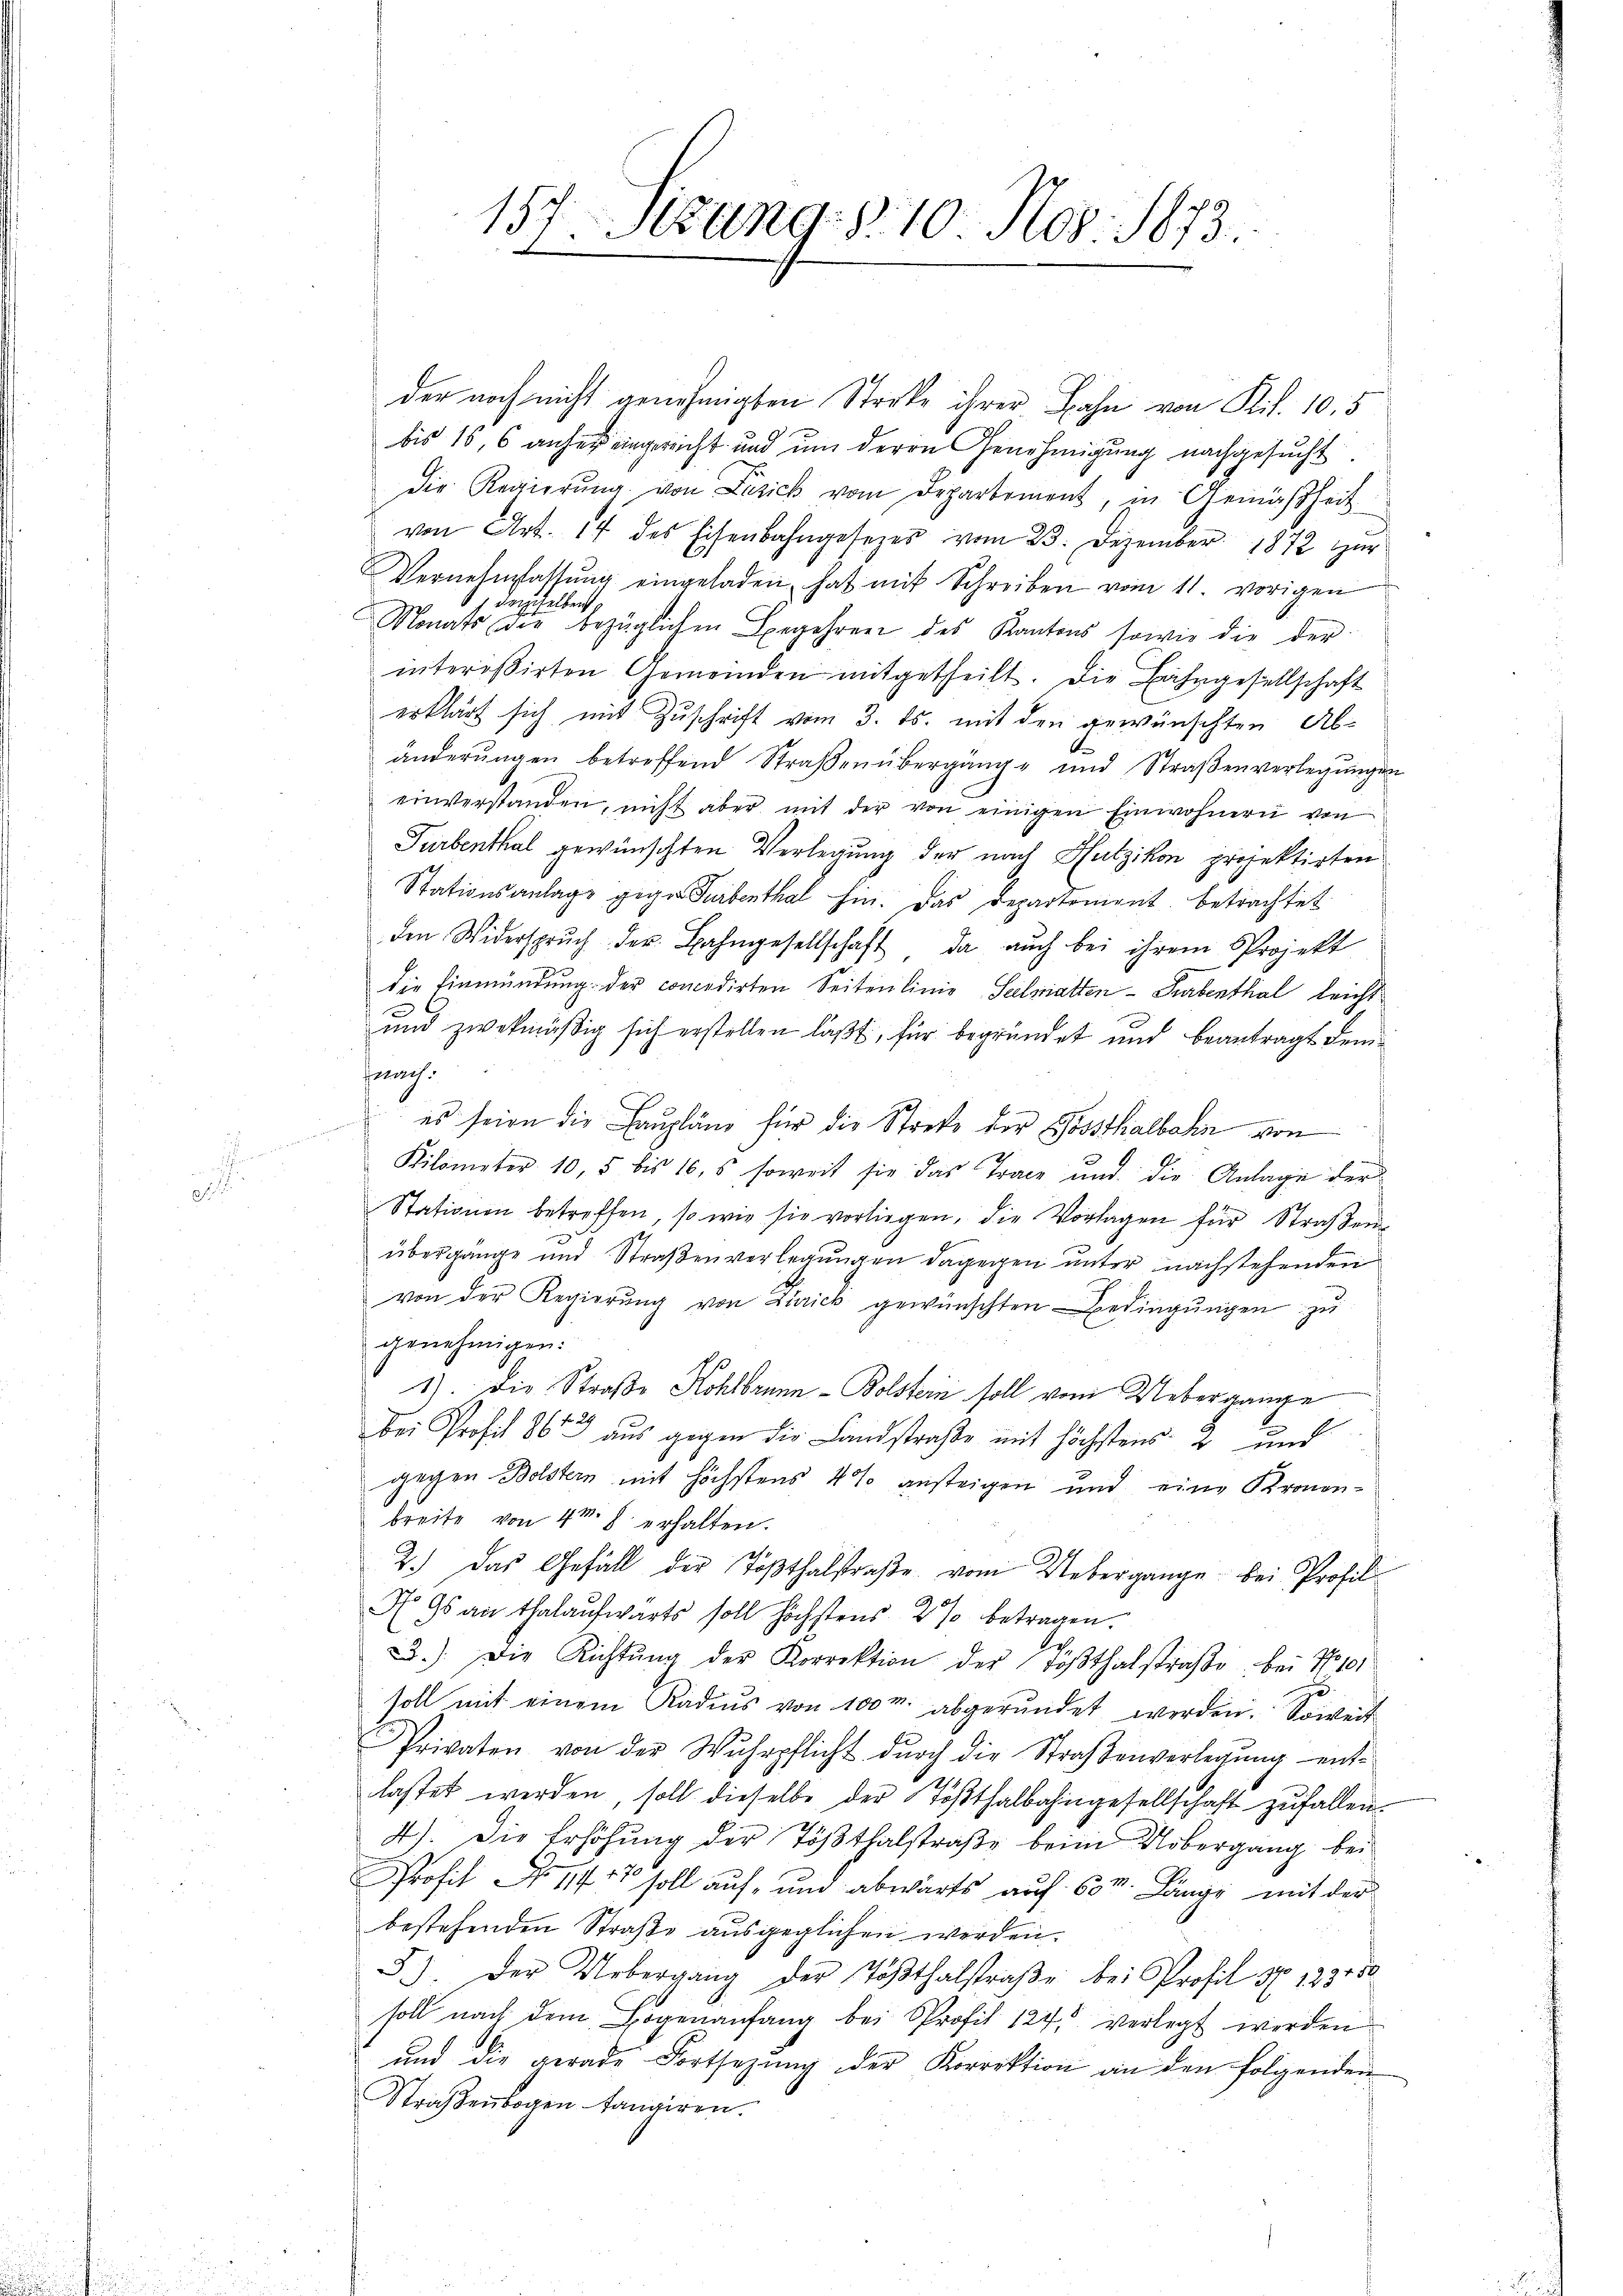
157 Sitzung.8.10. Nov. 1873.

der noch nicht genehmigten Streke ihrer Bahn von Ril. 10,5
bis 16, 6 anher eingerecht und um deren Genehmigung nachgesucht.
die Regierŭng von Luzick vom Departement, in Gemäßheit
von Art. 14 des Eisenbahngesezes vom 23. Dezember 1872 zur
Vernehmlassŭng eingeladen, hat mit Schreiben vom 11. vorigen
1 demselben
Nonats der bezüglichen Begehren des Kantons sowie die der
intereßirten Gemeinden mitgetheilt. Die Bahngesellschaft
erklärt sich mit Zuschrift vom 3. ds. mit den gewünschten Abänderŭngen betreffend Straβenübergänge und Straβenverlegŭngen
einverstanden, nicht aber mit der von einigen Einwohnern von
Turbenthal gewünschten Verlegung der nach Hutzikon projektirten
Stationsanlage gegen Turbenthal hin. Das Departemont. betrachtet
den Widerspruch der Bahngesellschaft, da auch bei ihrem Projekt
die Einmündung der concedirten Seitenlinie Seelmatten - Farbenthal leicht
und zwekmäßig sich erstellen laßt, für begründet und beantragt demnach.
es seien die Laupläne für die Streke der Gossthalbahn von
Kilometer 10, 5 bis 16.s soweit sie das Trace und die Anlage der
Stationen betreffen, so wie sie vorliegen, die Vorlagen für Straβen-
übergange und Straßenverlegungen dagegen unter nachstehenden
von der Regierŭng von Zürick gewünschten Bedingŭngen zu
genehmigen:
1). Die Straße Kohlbrunn-Bolstein soll vom Uebergange
bei Profil 1861 aus gegen die Landstraße mit höchstens 2 und
gegen Bolstern mit höchstens 4 % ansteigen und eine Kronnbreite von 4 M. h. erhalten.
21
2.) Das Gefäll der Tößthalstraβe vom Uebergange bei Profil
A Gs an Thalaufwärts soll höchstens 2 % betragen.
D.). Die Richtŭng der Korrektion der Tößthalstraβe bei No 101
.
soll mit einem Kadens von 100 r. abgerundet werden. Soweit
Privaten von der Wuhrpflicht durch die Straßenverlegung entlastet werden, soll dieselbe der Tößthalbahngesellschaft zufallen
4). Die Erhöhung der Tößthalstraße beim Uebergang bei
Profit No 11717 soll auf- und abwärts auf 60m Länge mit der
bestehenden Straße ausgeglichen werden.
5.) Der Uebergang der Tößthalstraβe bei Profil Nr. 193550
soll nach dem Bogenanfang bei Profit 124, verlegt werden
und die gerade Fortsetzŭng der Korrektion an den folgenden
Straßenbogen tangiren.